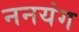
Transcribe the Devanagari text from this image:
ननयंग